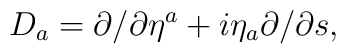
D_a=\partial/\partial\eta^a + i\eta_a\partial/{\partial s},